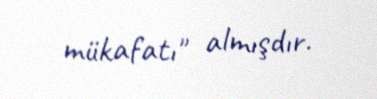
mükafatı" almışdır.